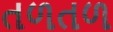
તળતળ